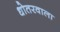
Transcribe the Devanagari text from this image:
धोतरवाला